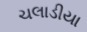
ચલાડીયા